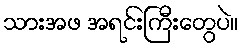
သားအဖ အရင်းကြီးတွေပဲ။